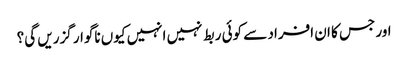
اور جس کا ان افراد سے کوئی ربط نہیں انہیں کیوں ناگوار گزریں گی؟